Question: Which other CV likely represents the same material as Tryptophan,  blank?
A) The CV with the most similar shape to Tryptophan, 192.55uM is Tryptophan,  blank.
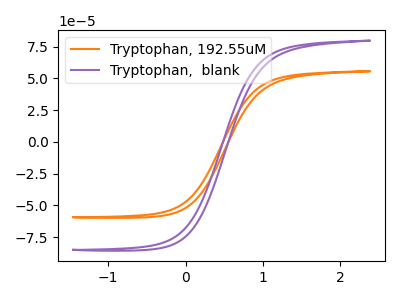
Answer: <think>The orange curve "Tryptophan, 192.55uM" has no peaks. The purple curve "Tryptophan,  blank" has no peaks.
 Neither "Tryptophan, 192.55uM" or "Tryptophan,  blank" have any peaks.</think>
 <answer>A) The CV with the most similar shape to "Tryptophan, 192.55uM" is "Tryptophan,  blank".</answer>
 <eval>A</eval>